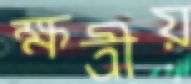
ক্ষত্রীয়